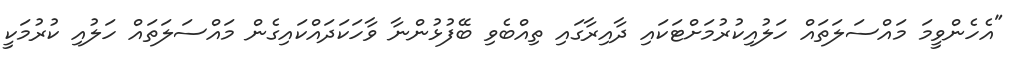
"އެހެންވީމަ މައްސަލަތައް ހަލުއިކުރުމަށްޓަކައި ދާއިރާގައި ތިއްބެވި ބޭފުޅުންނާ ވާހަކަދައްކައިގެން މައްސަލަތައް ހަލުއި ކުރުމަކީ